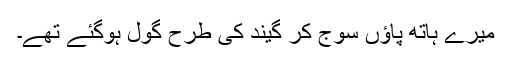
میرے ہاتھ پاﺅں سوج کر گیند کی طرح گول ہوگئے تھے۔